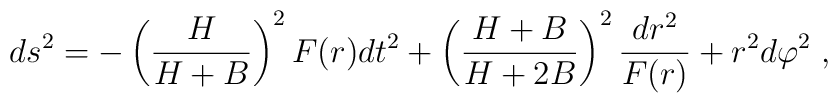
ds^{2}=-\left( \frac{H}{H+B}\right) ^{2}F(r)dt^{2}+\left( \frac{H+B}{H+2B}\right) ^{2}\frac{dr^{2}}{F(r)}+r^{2}d\varphi ^{2}\;,